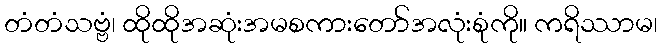
တံတံသဗ္ဗံ၊ ထိုထိုအဆုံးအမစကားတော်အလုံးစုံကို။ ကရိဿာမ၊